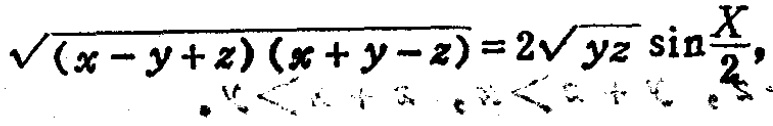
\(\sqrt{(x - y + z)(x + y - z)} = 2\sqrt{yz}\sin\frac{X}{2}\)